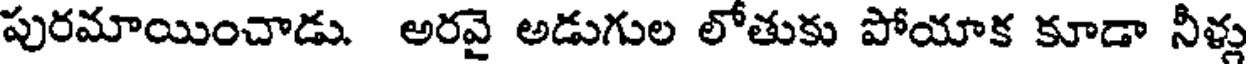
పురమాయించాడు. అరవై అడుగుల లోతుకు పోయాక కూడా నీళ్లు